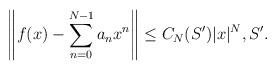
LaTeX: \begin{align*}\left\|f(x)-\sum_{n=0}^{N-1} a_n x^n\right\|\leq C_N(S')|x|^N, S'.\end{align*}